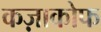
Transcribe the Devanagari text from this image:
कज़ाकोफ